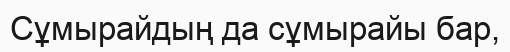
Сұмырайдың да сұмырайы бар,